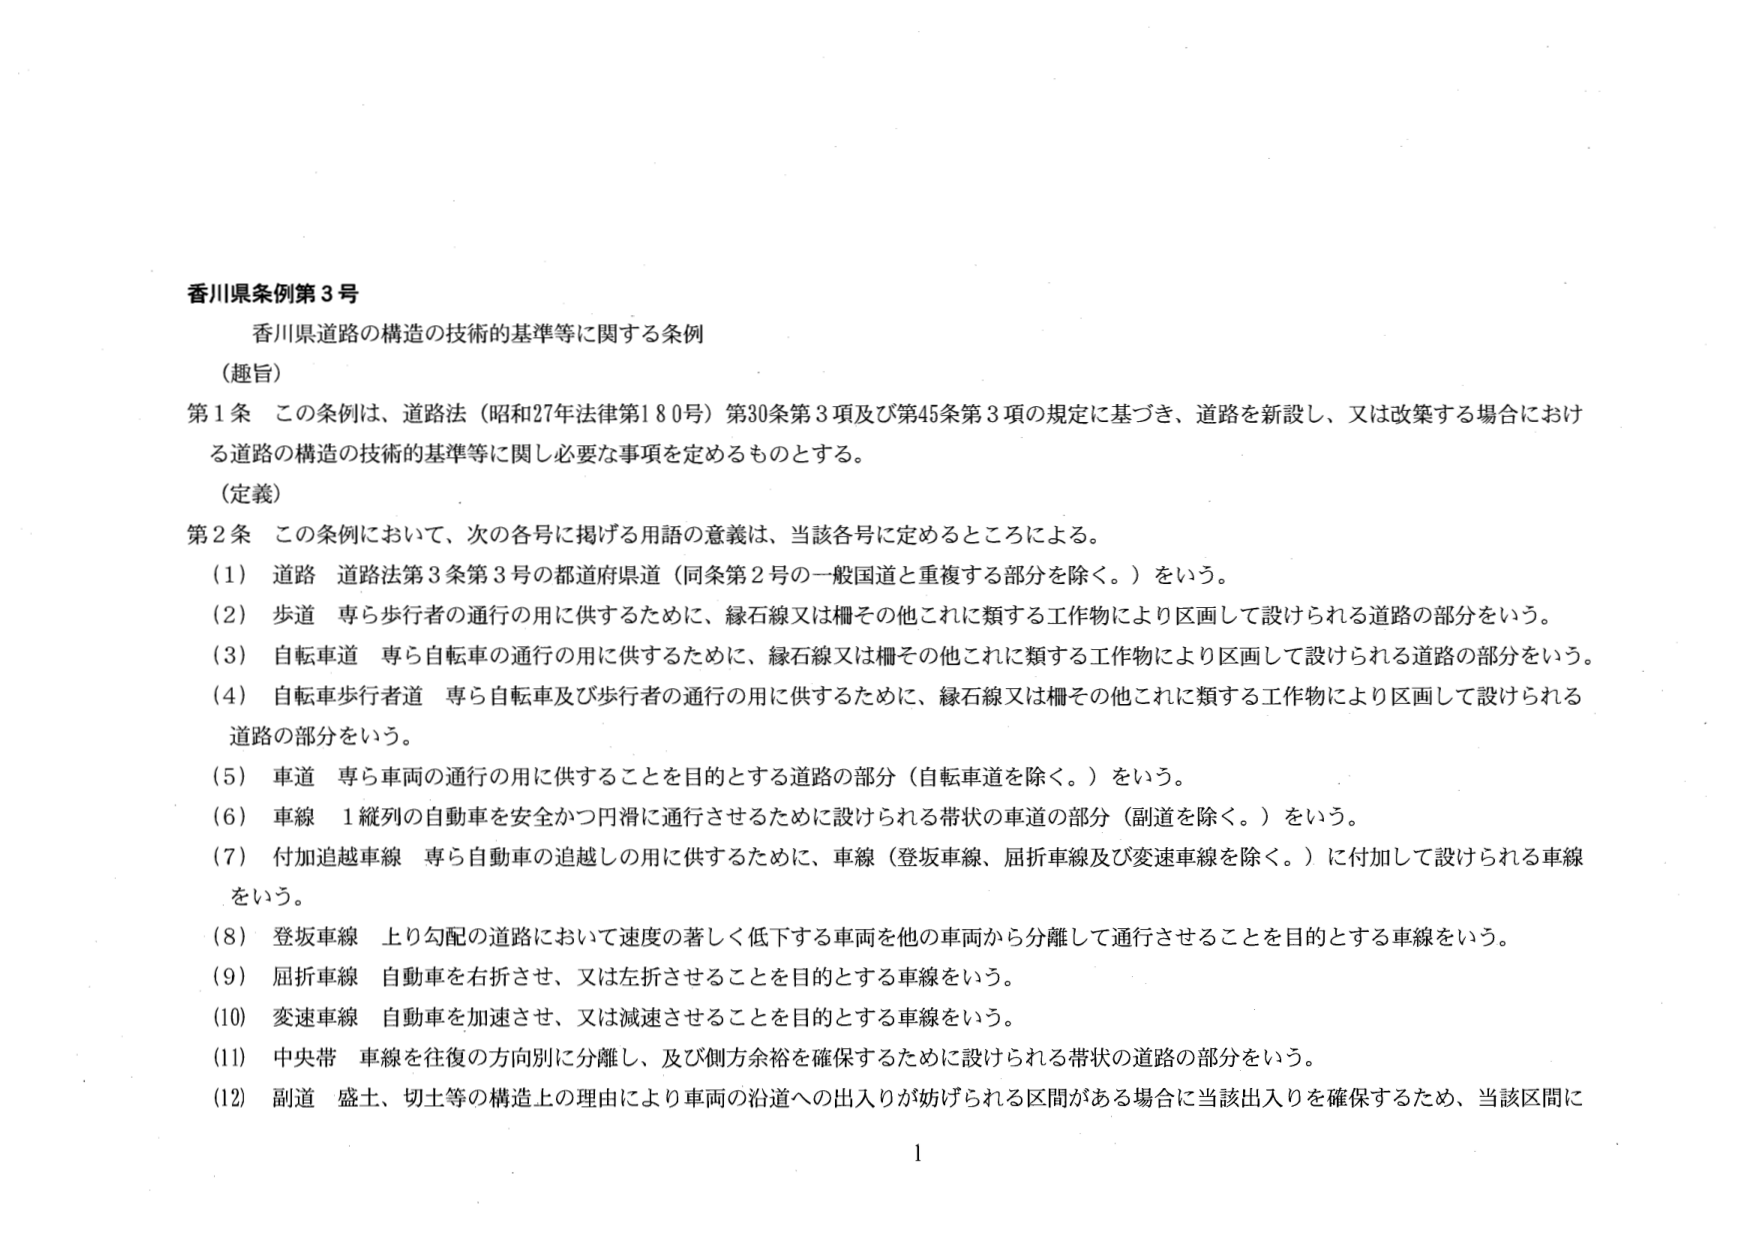
香川県条例第3号
香川県道路の構造の技術的基準等に関する条例

（趣旨）
第1条 この条例は、道路法（昭和27年法律第180号）第30条第3項及び第45条第3項の規定に基づき、道路を新設し、又は改築する場合における道路の構造の技術的基準等に関し必要な事項を定めるものとする。

（定義）
第2条 この条例において、次の各号に掲げる用語の意義は、当該各号に定めるところによる。
（1）道路 道路法第3条第3号の都道府県道（同条第2号の一般国道と重複する部分を除く。）をいう。
（2）歩道 専ら歩行者の通行の用に供するために、縁石線又は柵その他これに類する工作物により区画して設けられる道路の部分をいう。
（3）自転車道 専ら自転車の通行の用に供するために、縁石線又は柵その他これに類する工作物により区画して設けられる道路の部分をいう。
（4）自転車歩行者道 専ら自転車及び歩行者の通行の用に供するために、縁石線又は柵その他これに類する工作物により区画して設けられる道路の部分をいう。
（5）車道 専ら車両の通行の用に供することを目的とする道路の部分（自転車道を除く。）をいう。
（6）車線 1縦列の自動車を安全かつ円滑に通行させるために設けられる帯状の車道の部分（副道を除く。）をいう。
（7）付加追越車線 専ら自動車の追越しの用に供するために、車線（登坂車線、屈折車線及び変速車線を除く。）に付加して設けられる車線をいう。
（8）登坂車線 上り勾配の道路において速度の著しく低下する車両を他の車両から分離して通行させることを目的とする車線をいう。
（9）屈折車線 自動車を右折させ、又は左折させることを目的とする車線をいう。
（10）変速車線 自動車を加速させ、又は減速させることを目的とする車線をいう。
（11）中央帯 車線を往復の方向別に分離し、及び側方余裕を確保するために設けられる帯状の道路の部分をいう。
（12）副道 盛土、切土等の構造上の理由により車両の沿道への出入りが妨げられる区間がある場合に当該出入りを確保するため、当該区間に

1